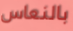
بالنعاس